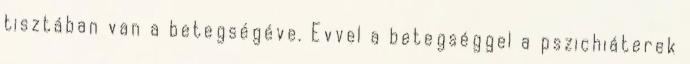
tisztában van a betegségéve. Evvel a betegséggel a pszichiáterek